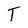
Character: T